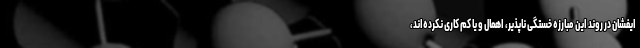
ایفشان در روند این مبارزه خستگی ناپذیر، اهمال و یا کم کاری نکرده‌اند،